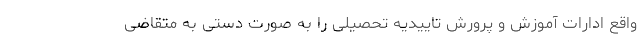
واقع ادارات آموزش و پرورش تاییدیه تحصیلی را به صورت دستی به متقاضی